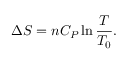
\Delta S = n C _ { P } \ln { \frac { T } { T _ { 0 } } } .